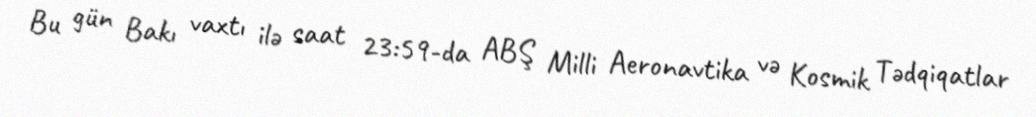
Bu gün Bakı vaxtı ilə saat 23:59-da ABŞ Milli Aeronavtika və Kosmik Tədqiqatlar